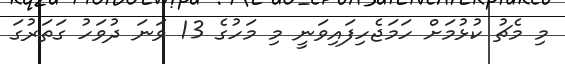
މި މެޗު ކުޅުމަށް ހަމަޖެހިފައިވަނީ މި މަހުގެ 13 ވަނަ ދުވަހު ގަތަރުގަ